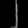
Digit: ၂